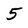
Character: 5